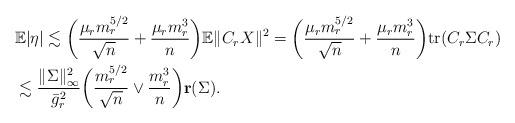
LaTeX: \begin{align*}&{\mathbb E}|\eta|\lesssim \biggl(\frac{\mu_r m_r^{5/2}}{\sqrt{n}} + \frac{\mu_r m_r^3}{n}\biggr) {\mathbb E}\|C_r X\|^2 = \biggl(\frac{\mu_r m_r^{5/2}}{\sqrt{n}} + \frac{\mu_r m_r^3}{n}\biggr){\rm tr}(C_r \Sigma C_r)\\&\lesssim \frac{\|\Sigma\|_{\infty}^2}{\bar g_r^2}\biggl(\frac{m_r^{5/2}}{\sqrt{n}} \vee \frac{m_r^3}{n}\biggr) {\bf r}(\Sigma). \end{align*}